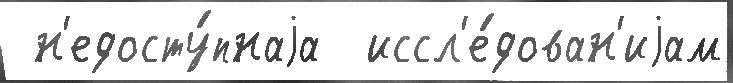
 н'едосту́пнаjа  иссл'е́дован'иjам